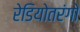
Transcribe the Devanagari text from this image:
रेडियोतरंगो